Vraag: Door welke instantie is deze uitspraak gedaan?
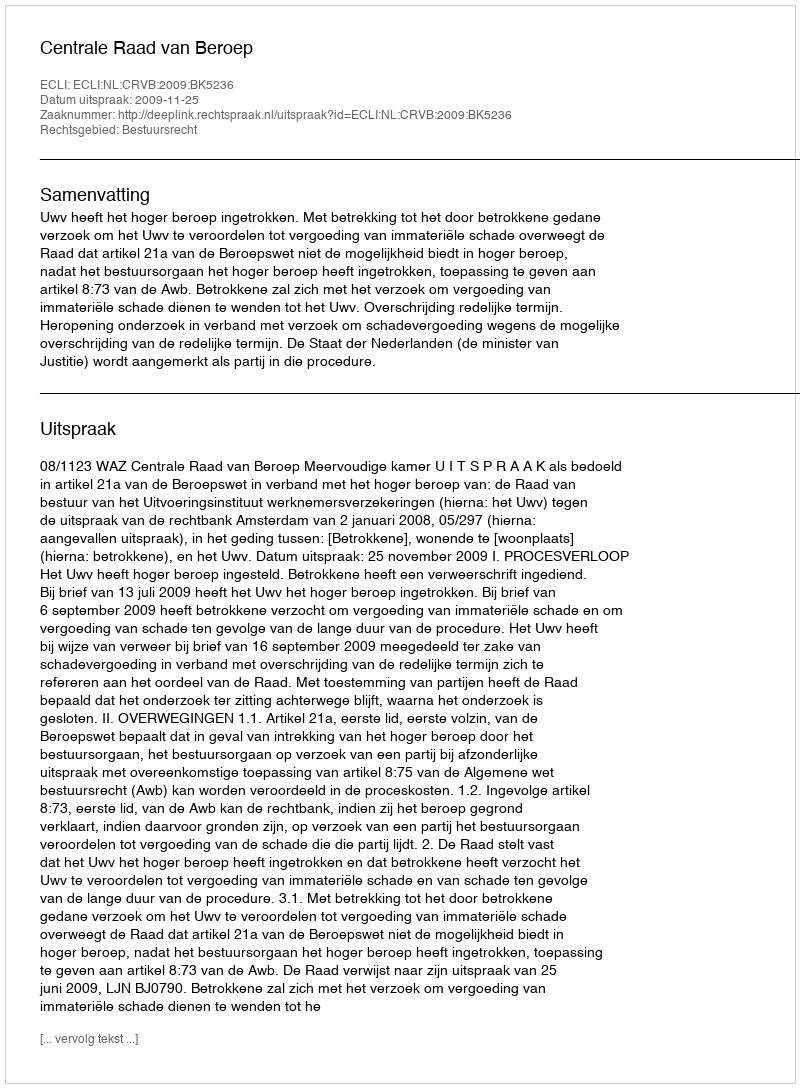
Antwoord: Centrale Raad van Beroep